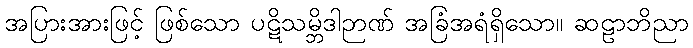
အပြားအားဖြင့် ဖြစ်သော ပဋိသမ္ဘိဒါဉာဏ် အခြံအရံရှိသော။ ဆဠာဘိညာ